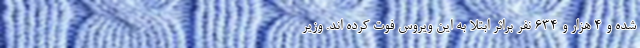
شده و ۴ هزار و ۶۳۴ نفر براثر ابتلا به این ویروس فوت کرده اند. وزیر